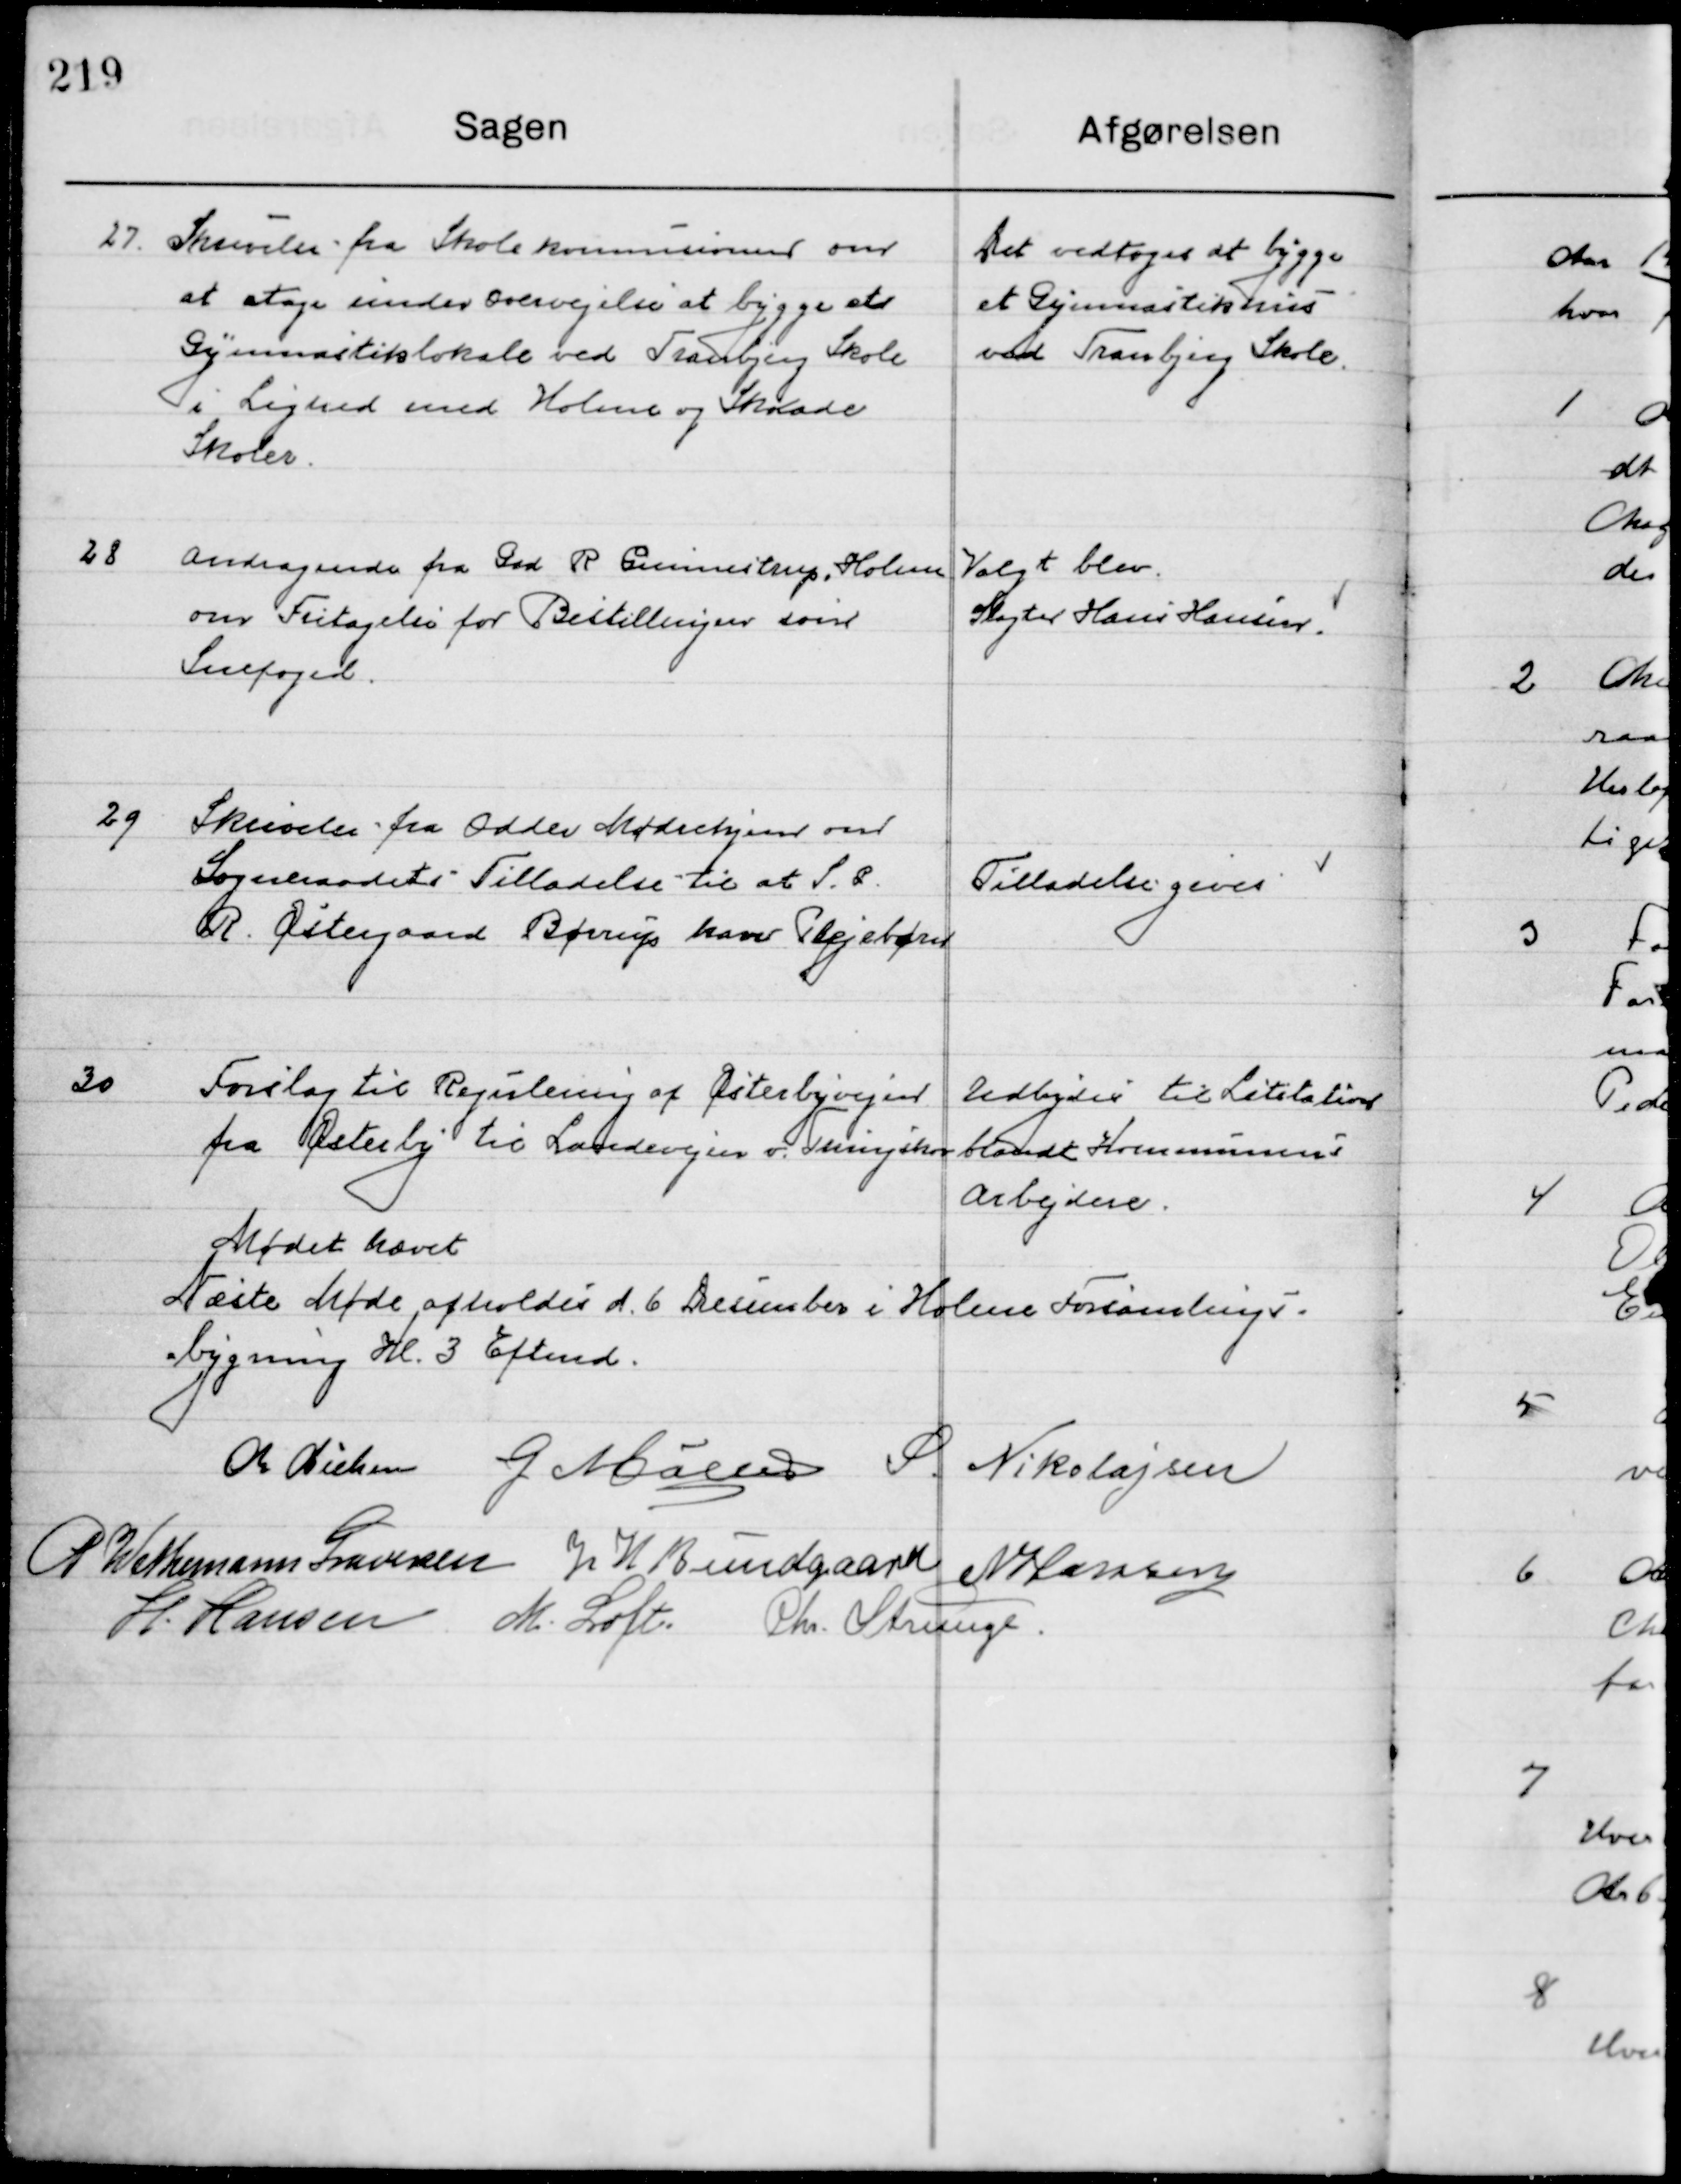
Transskription:
27

Skrivelse fra Skolekommissionen om 
et etage under Overvejelse at bygge et
Gymnastiklokale ved Tranbjerg Skole
I lighed med Holme og Skaade 
Skole.

Det vedtoges at bygge
et Gymnastikhus 
ved Tranbjerg Skole

28

Andragende fra Grd. R. Gunnestrup, Holme
Om Fritagelse for Bestillingen som
Snefoged.

Valgt blev
Slagter Hans Hansen

29

Skrivelse fra Odder Mødrehjem om
Sogneraadets Tilladelse til at S. P.
R. Østergaard Børup har Plejebørn

Tilladelse gives

30

Forslag til Regulering af Østerbyvejen 
fra Østerby til Landevejen v. Thingskov

Udbydes til Licitation
blandt Kommunes 
Arbejdere

Mødet hævet
Næste Møde afholdes d. 6 December i Holme Forsamlings-
bygning Kl. 3 Eftermd.

M. Nielsen
G. Møller
S. Nikolajsen
P. Wethemann Graversen
J. W. Bundgaard
N. Hansen
H. Hansen
M. Loft
Chr. Strunge